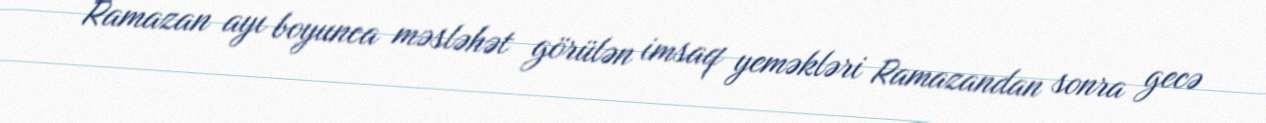
Ramazan ayı boyunca məsləhət görülən imsaq yeməkləri Ramazandan sonra gecə